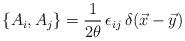
LaTeX: \begin{align*}\{ A_i,A_j \} = { 1 \over 2 \theta}\, \epsilon_{ij} \,\delta(\vec x - \vec y)\end{align*}